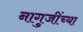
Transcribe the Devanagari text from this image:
नागुजींच्या